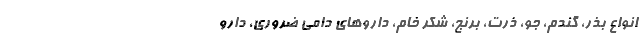
انواع بذر، گندم، جو، ذرت، برنج، شکر خام، داروهای دامی ضروری، دارو